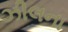
ઝીલના